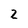
Character: 2